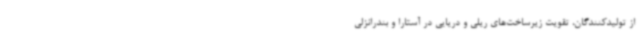
از تولیدکنندگان، تقویت زیرساخت‌های ریلی و دریایی در آستارا و بندرانزلی